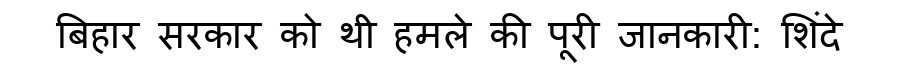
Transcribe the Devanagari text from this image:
बिहार सरकार को थी हमले की पूरी जानकारी: शिंदे